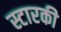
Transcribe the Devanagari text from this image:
स्टारकी